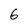
Character: 6